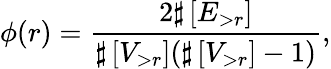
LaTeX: \phi(r)=\frac{2\sharp\left[E_{>r}\right]}{\sharp\left[V_{>r}\right](\sharp\left[V_{>r}\right]-1)},